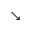
\searrow